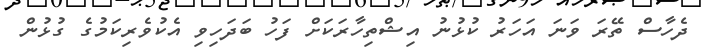
ދެހާސް ތޭރަ ވަނަ އަހަރު ކުޅުނު އިޝްތިހާރަކަށް ފަހު ބަދަހިވި އެކުވެރިކަމުގެ ގުޅުން